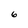
Character: 6